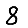
Digit: 8